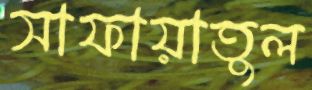
সাফায়াতুল